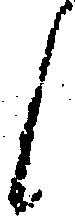
候